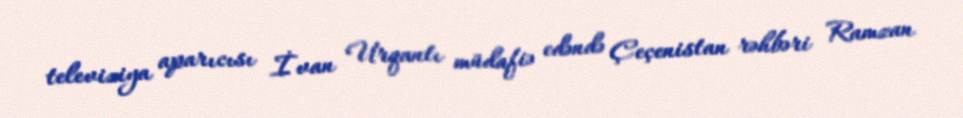
televiziya aparıcısı İvan Urqantı müdafiə edəndə Çeçenistan rəhbəri Ramzan